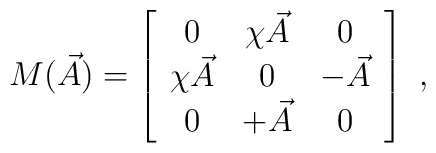
M(\vec{A}) = \left[\begin{array}{ccc}0 & \chi \vec{A} & 0 \\\chi \vec{A} & 0 & -\vec{A} \\0 & +\vec{A} & 0 \end{array}\right] \  ,